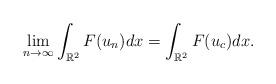
LaTeX: \begin{align*}\lim_{n\rightarrow \infty }\int_{\mathbb{R}^{2}}F(u_{n})dx=\int_{\mathbb{R}^{2}}F(u_{c})dx. \end{align*}